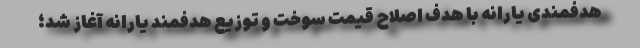
هدفمندی یارانه با هدف اصلاح قیمت سوخت و توزیع هدفمند یارانه آغاز شد؛